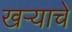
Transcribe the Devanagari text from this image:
खऱ्याचे